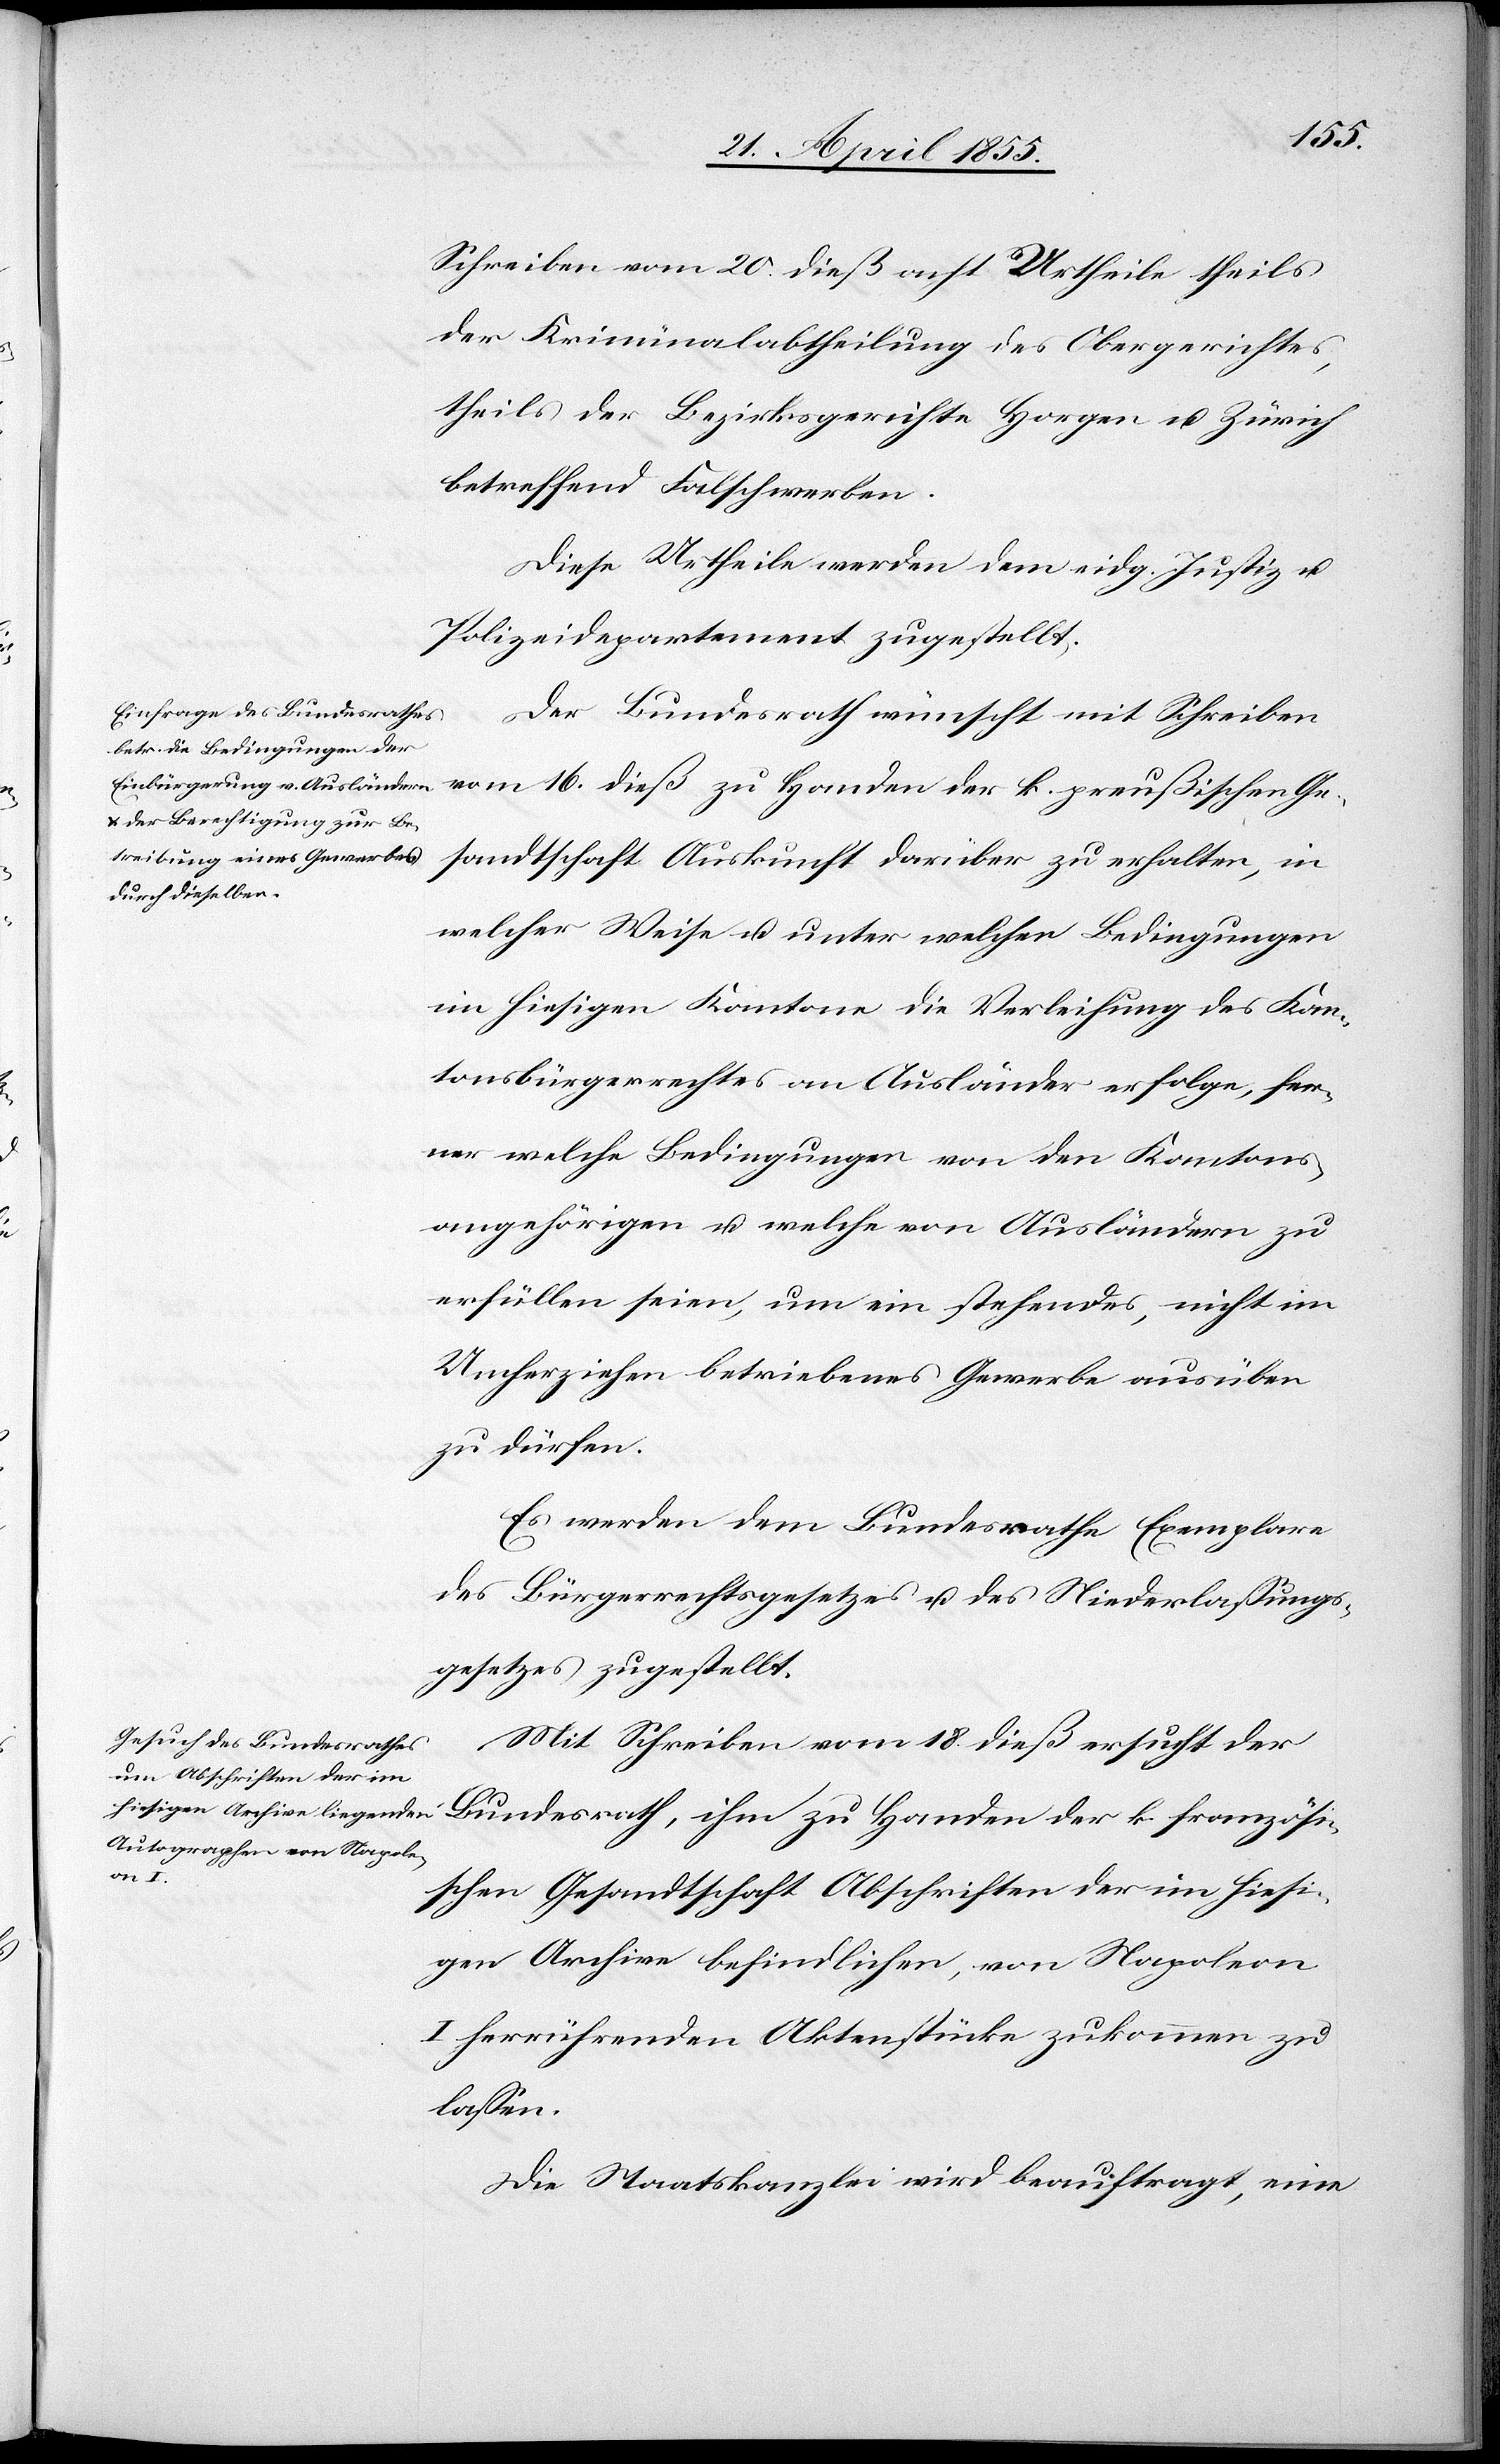
Schreiben vom 20. dieß acht Urtheile theils
der Kriminalabtheilung des Obergerichtes,
theils der Bezirksgerichte Horgen u. Zürich
betreffend Falschwerben.
Diese Urtheile werden dem eidg. Justiz- u.
Polizeidepartement zugestellt.
Der Bundesrath wünscht mit Schreiben
Gesandtschaft Auskunft darüber zu erhalten, in
welcher Weise u. unter welchen Bedingungen
im hiesigen Kantone die Verleihung des Kan¬
tonsbürgerrechtes an Ausländer erfolge, fer¬
ner welche Bedingungen von den Kantons¬
angehörigen u. welche von Ausländern zu
erfüllen seien, um ein stehendes, nicht im
Umherziehen betriebenes Gewerbe ausüben
zu dürfen.
Es werden dem Bundesrathe Exemplare
des Bürgerrechtsgesetzes u. des Niederlassungs¬
gesetzes zugestellt.
Mit Schreiben vom 18. dieß ersucht der
der k.
schen Gesandtschaft Abschriften der im hiesi¬
gen Archive befindlichen, von Napoleon
I herrührenden Aktenstücke zukommen zu
lassen.
Die Staatskanzlei wird beauftragt, eine